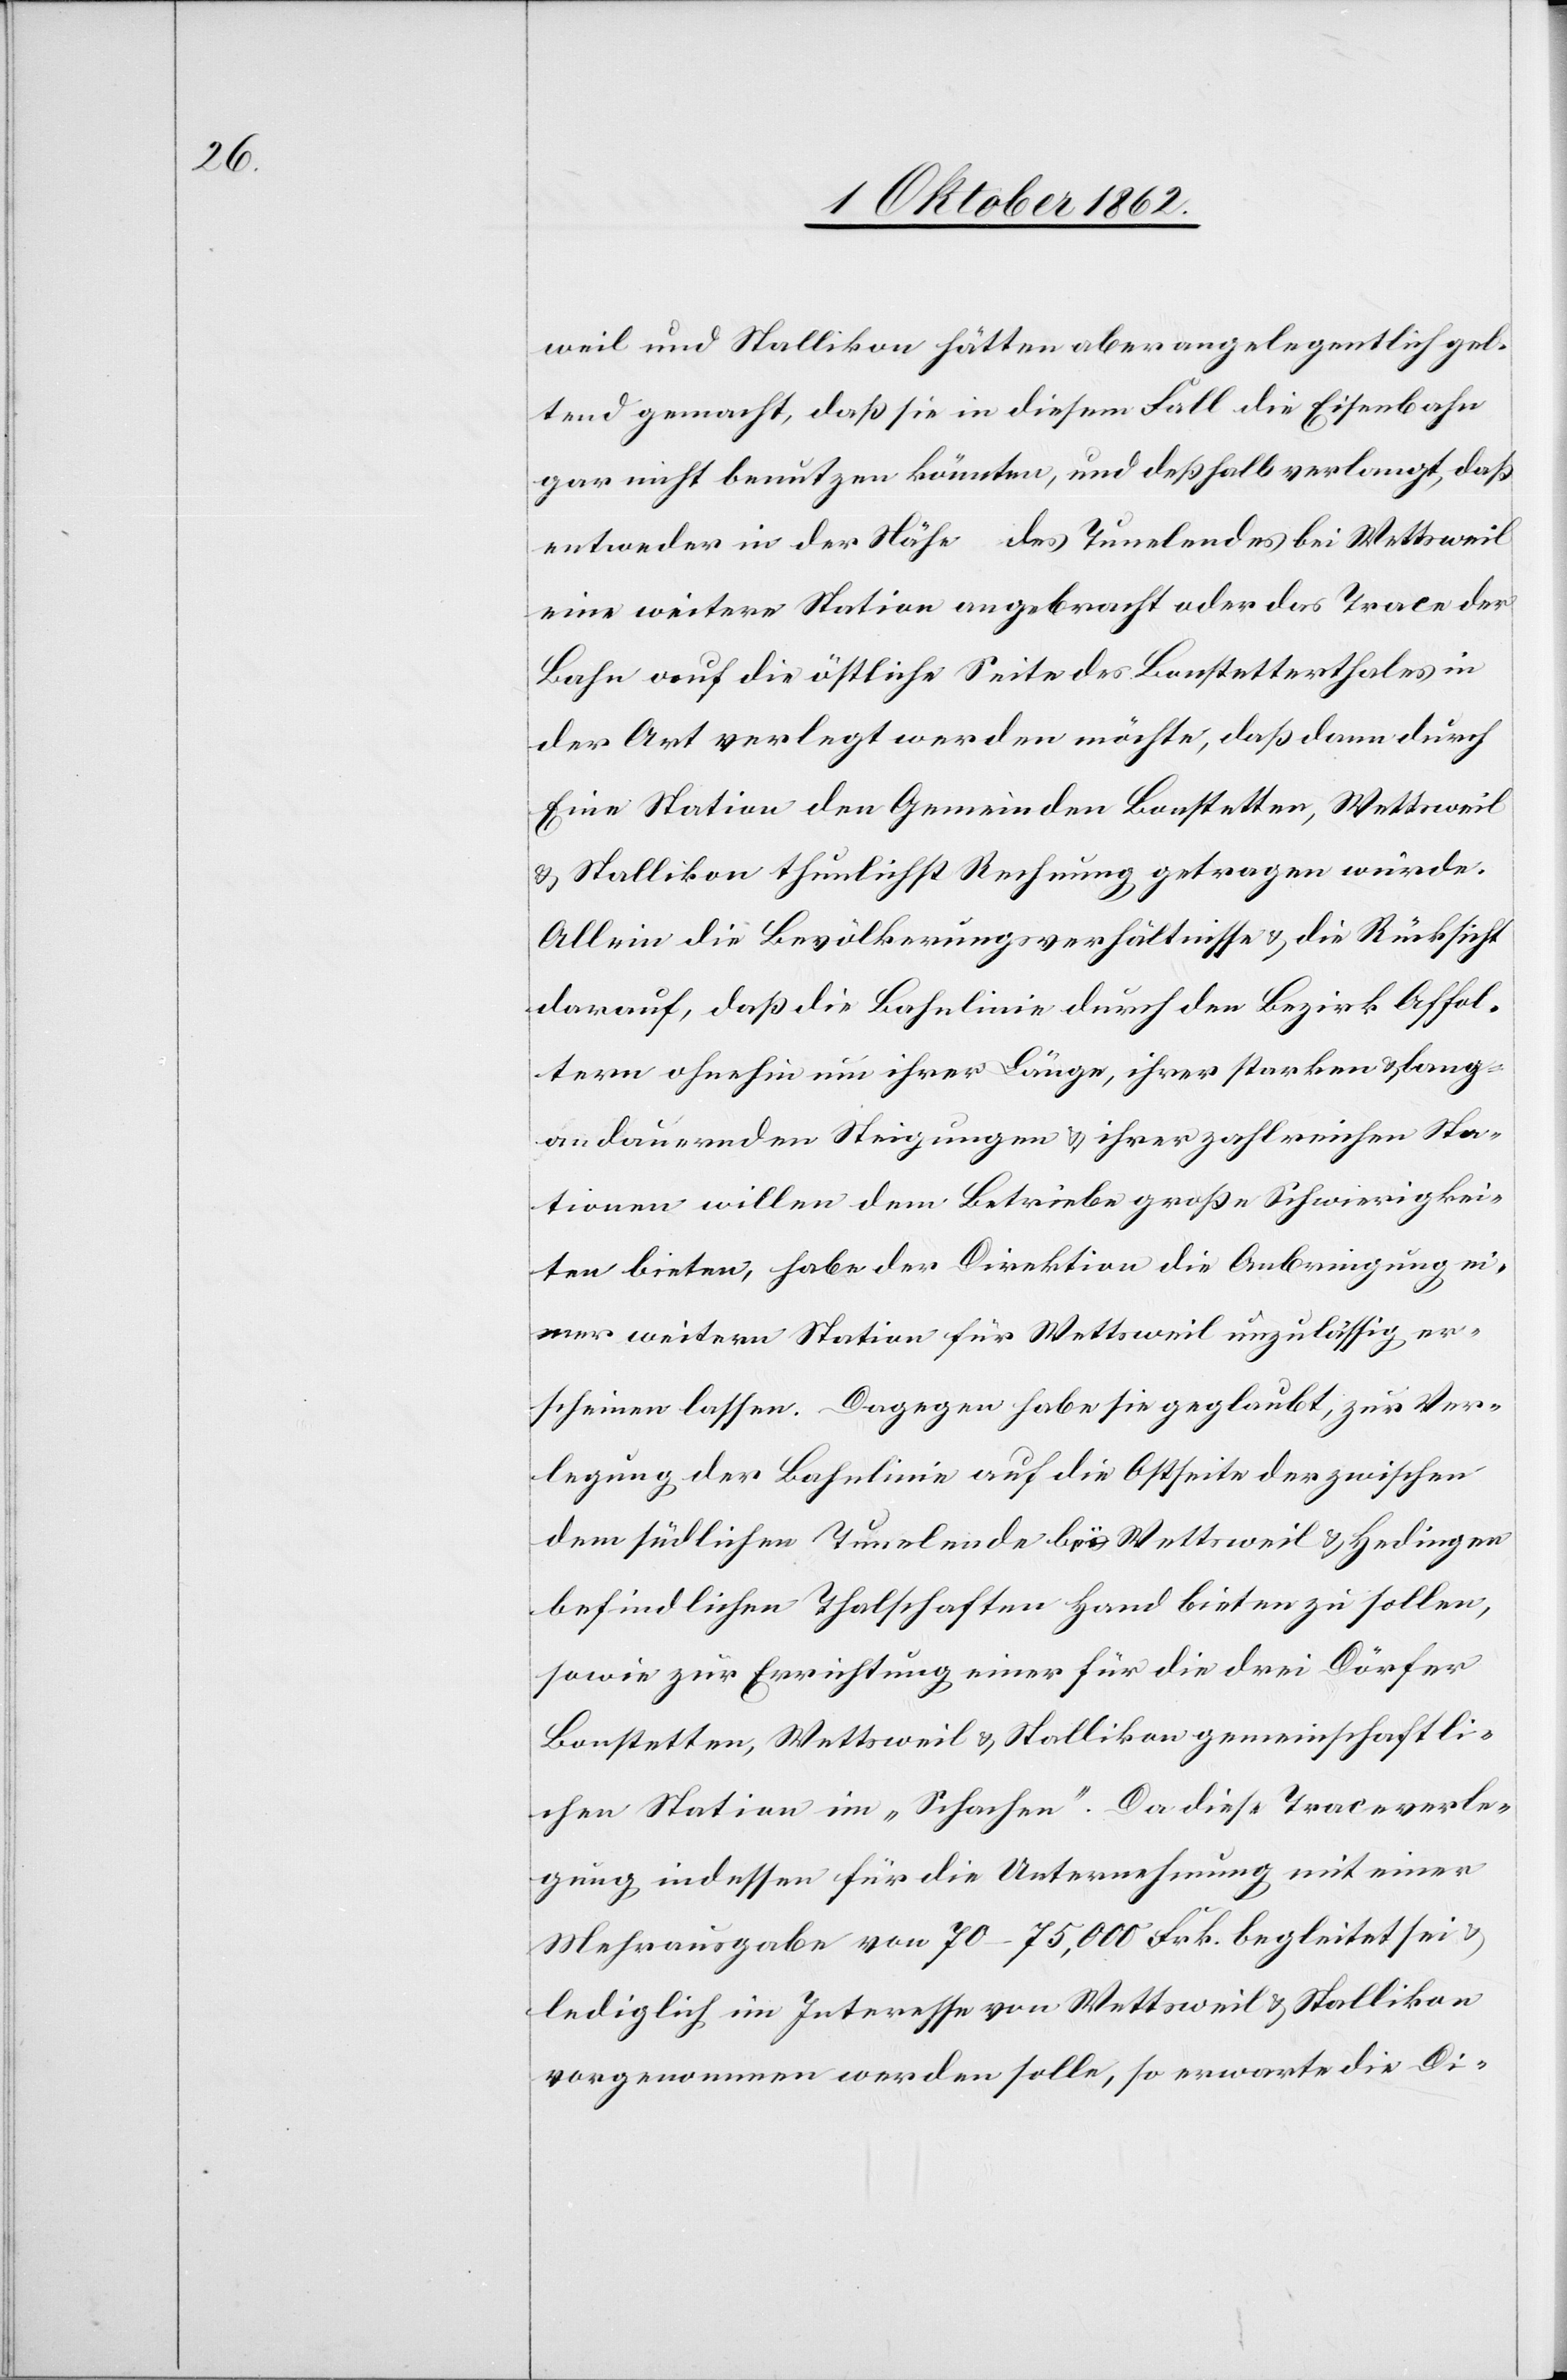
weil und Stallikon hätten aber angelegentlich gel¬
tend gemacht, daß sie in diesem Fall die Eisenbahn
gar nicht benutzen könnten, und deßhalb verlangt, daß
entweder in der Nähe des Tunelendes bei Wettsweil
eine weitere Station angebracht oder das Trace der
Bahn auf die östliche Seite des Bonstetterthales in
der Art verlegt werden möchte, daß dann durch
Eine Station den Gemeinden Bonstetten, Wettsweil
und Stallikon thunlichst Rechnung getragen würde.
Allein die Bevölkerungsverhältnisse u. die Rücksicht
darauf, daß die Bahnlinie durch den Bezirk Affol¬
tern ohnehin um ihrer Länge, ihrer starken u. lang¬
andauernden Steigungen u. ihrer zahlreichen Sta¬
tionen willen dem Betriebe große Schwierigkei¬
ten bieten, habe der Direktion der Anbringung ei¬
ner weitern Station für Wettsweil unzulässig er¬
scheinen lassen. Dagegen habe sie geglaubt, zur Ver¬
legung der Bahnlinie auf die Abseite der zwischen
dem südlichen Tunelende bei Wettsweil u. Hedingen
befindlichen Thalschaften Hand bieten zu sollen,
sowie zur Errichtung einer für die drei Dörfer
Bonstetten, Wettsweil u. Stallikon gemeinschaftli¬
chen Station im „Schachen“. Da diese Traceverle¬
gung indessen für die Unternehmung mit einer
Mehrausgabe von 70–75,000 Frk. begleitet sei u.
lediglich im Interesse von Wettsweil u. Stallikon
vorgenommen werden solle, so erwarte die Di-